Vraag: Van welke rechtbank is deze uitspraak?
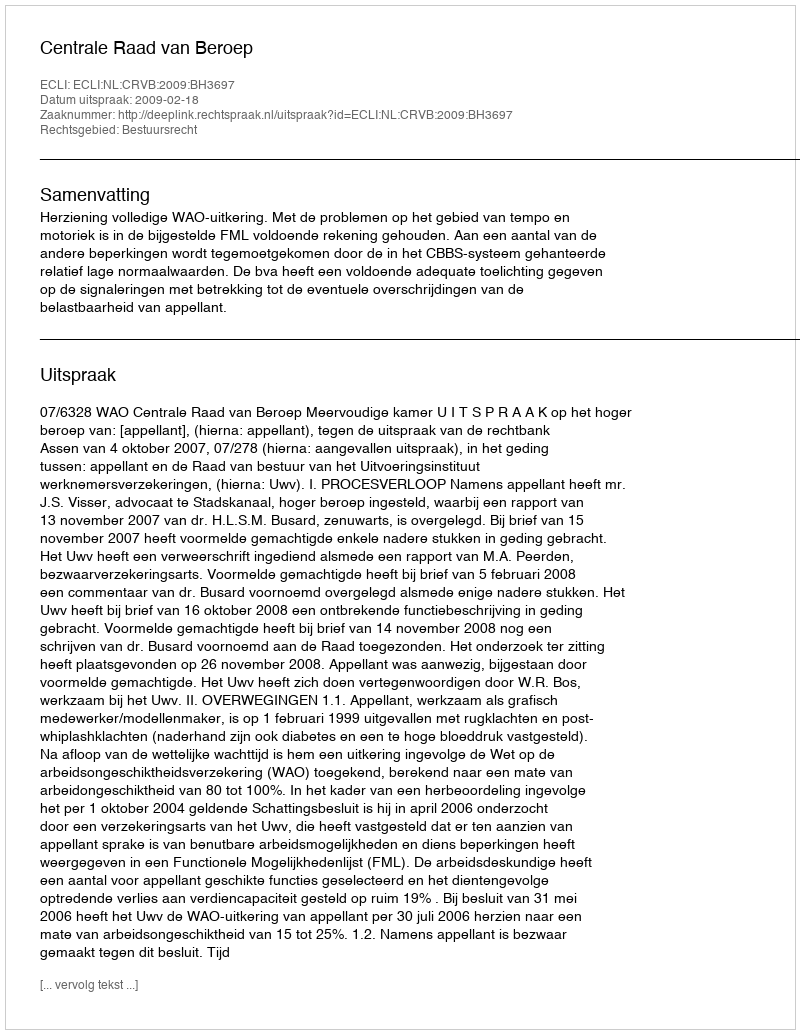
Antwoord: Centrale Raad van Beroep